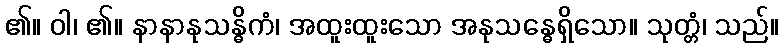
၏။ ဝါ၊ ၏။ နာနာနုသန္ဓိကံ၊ အထူးထူးသော အနုသန္ဓေရှိသော။ သုတ္တံ၊ သည်။